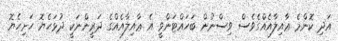
އަދި ކޮންމެ ޢާއިލާއެއްގެވެސް ވިސްނުން ބަހައްޓަންވީ އެ ޢާއިލާއެއްގެ ދަރީންނަކީ ދުޅަހެޔޮ ހަށިހެޔޮ